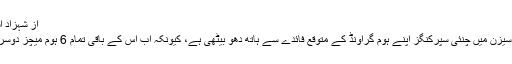
از شہزاد اسلم	 بوقت 12 اپریل 2018
انڈین پریمیئر لیگ کے جاری سیزن میں چنئی سپرکنگز اپنے ہوم گراونڈ کے متوقع فائدے سے ہاتھ دھو بیٹھی ہے، کیونکہ اب اس کے باقی تمام 6 ہوم میچز دوسرے مقامات پر منعقد ہوں گے۔